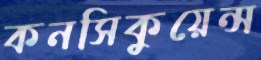
কনসিকুয়েন্স